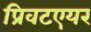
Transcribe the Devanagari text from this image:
प्रिवटएयर